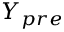
Y _ { p r e }